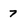
Character: 7